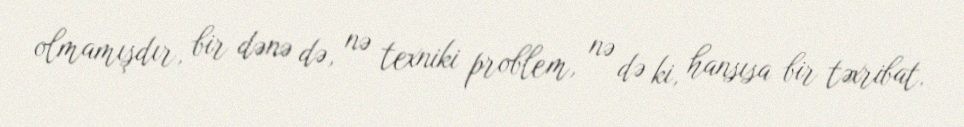
olmamışdır, bir dənə də, nə texniki problem, nə də ki, hansısa bir təxribat.